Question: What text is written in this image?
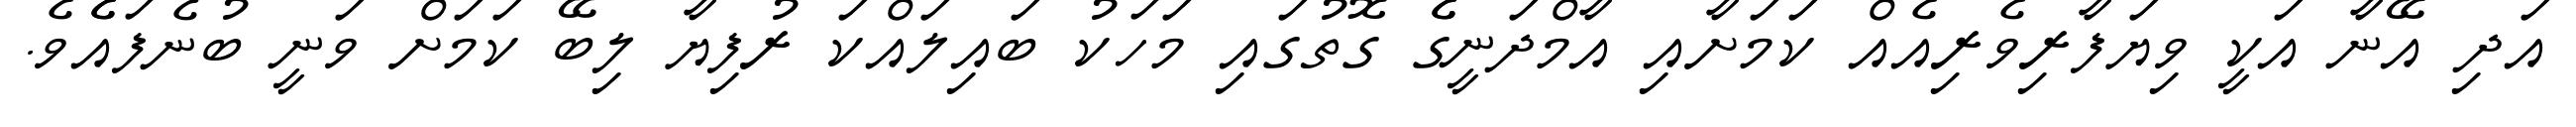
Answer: އަދި އޭނާ އަކީ ވިޔަފާރިވެރިއެއް ކަމަށާއި އާމްދަނީގެެ ގޮތުގައި މަހަކު ބައިލައްކަ ރުފިޔާ ލިބޭ ކަމަށް ވަނީ ބުނެފައެެވެ.